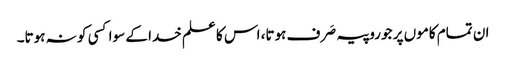
ان تمام کاموں پر جو روپیہ صَرف ہوتا، اس کا علم خدا کے سوا کسی کو نہ ہوتا۔